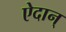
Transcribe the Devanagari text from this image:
ऐदान्